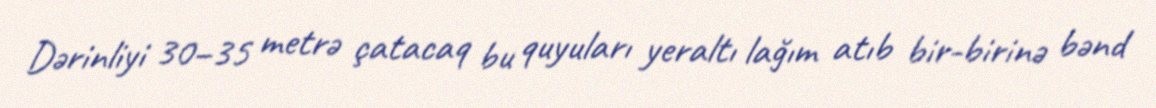
Dərinliyi 30–35 metrə çatacaq bu quyuları yeraltı lağım atıb bir-birinə bənd